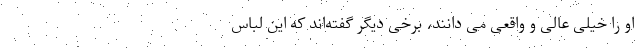
او را خیلی عالی و واقعی می دانند، برخی دیگر گفته‌اند که این لباس